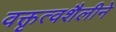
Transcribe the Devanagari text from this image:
वक्तृत्वशैलीने